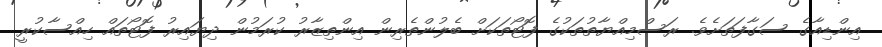
އިންޑިއާގެ ސަގާފަތަށެވެ. ރަސްމިއްޔާތުތަކުގެ ފޮޓޯތަކަށް ބެލުންތެރިން އިންތިޒާރު ކުރަމުން ދިޔައިރު ފޮޓޯތައް ހިއްސާކުރީ